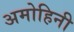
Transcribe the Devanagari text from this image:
अमोहिनी